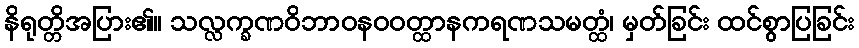
နိရုတ္တိအပြား၏။ သလ္လက္ခဏဝိဘာဝနဝဝတ္ထာနကရဏသမတ္ထံ၊ မှတ်ခြင်း ထင်စွာပြခြင်း